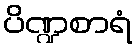
ပိဏ္ဍစာရံ